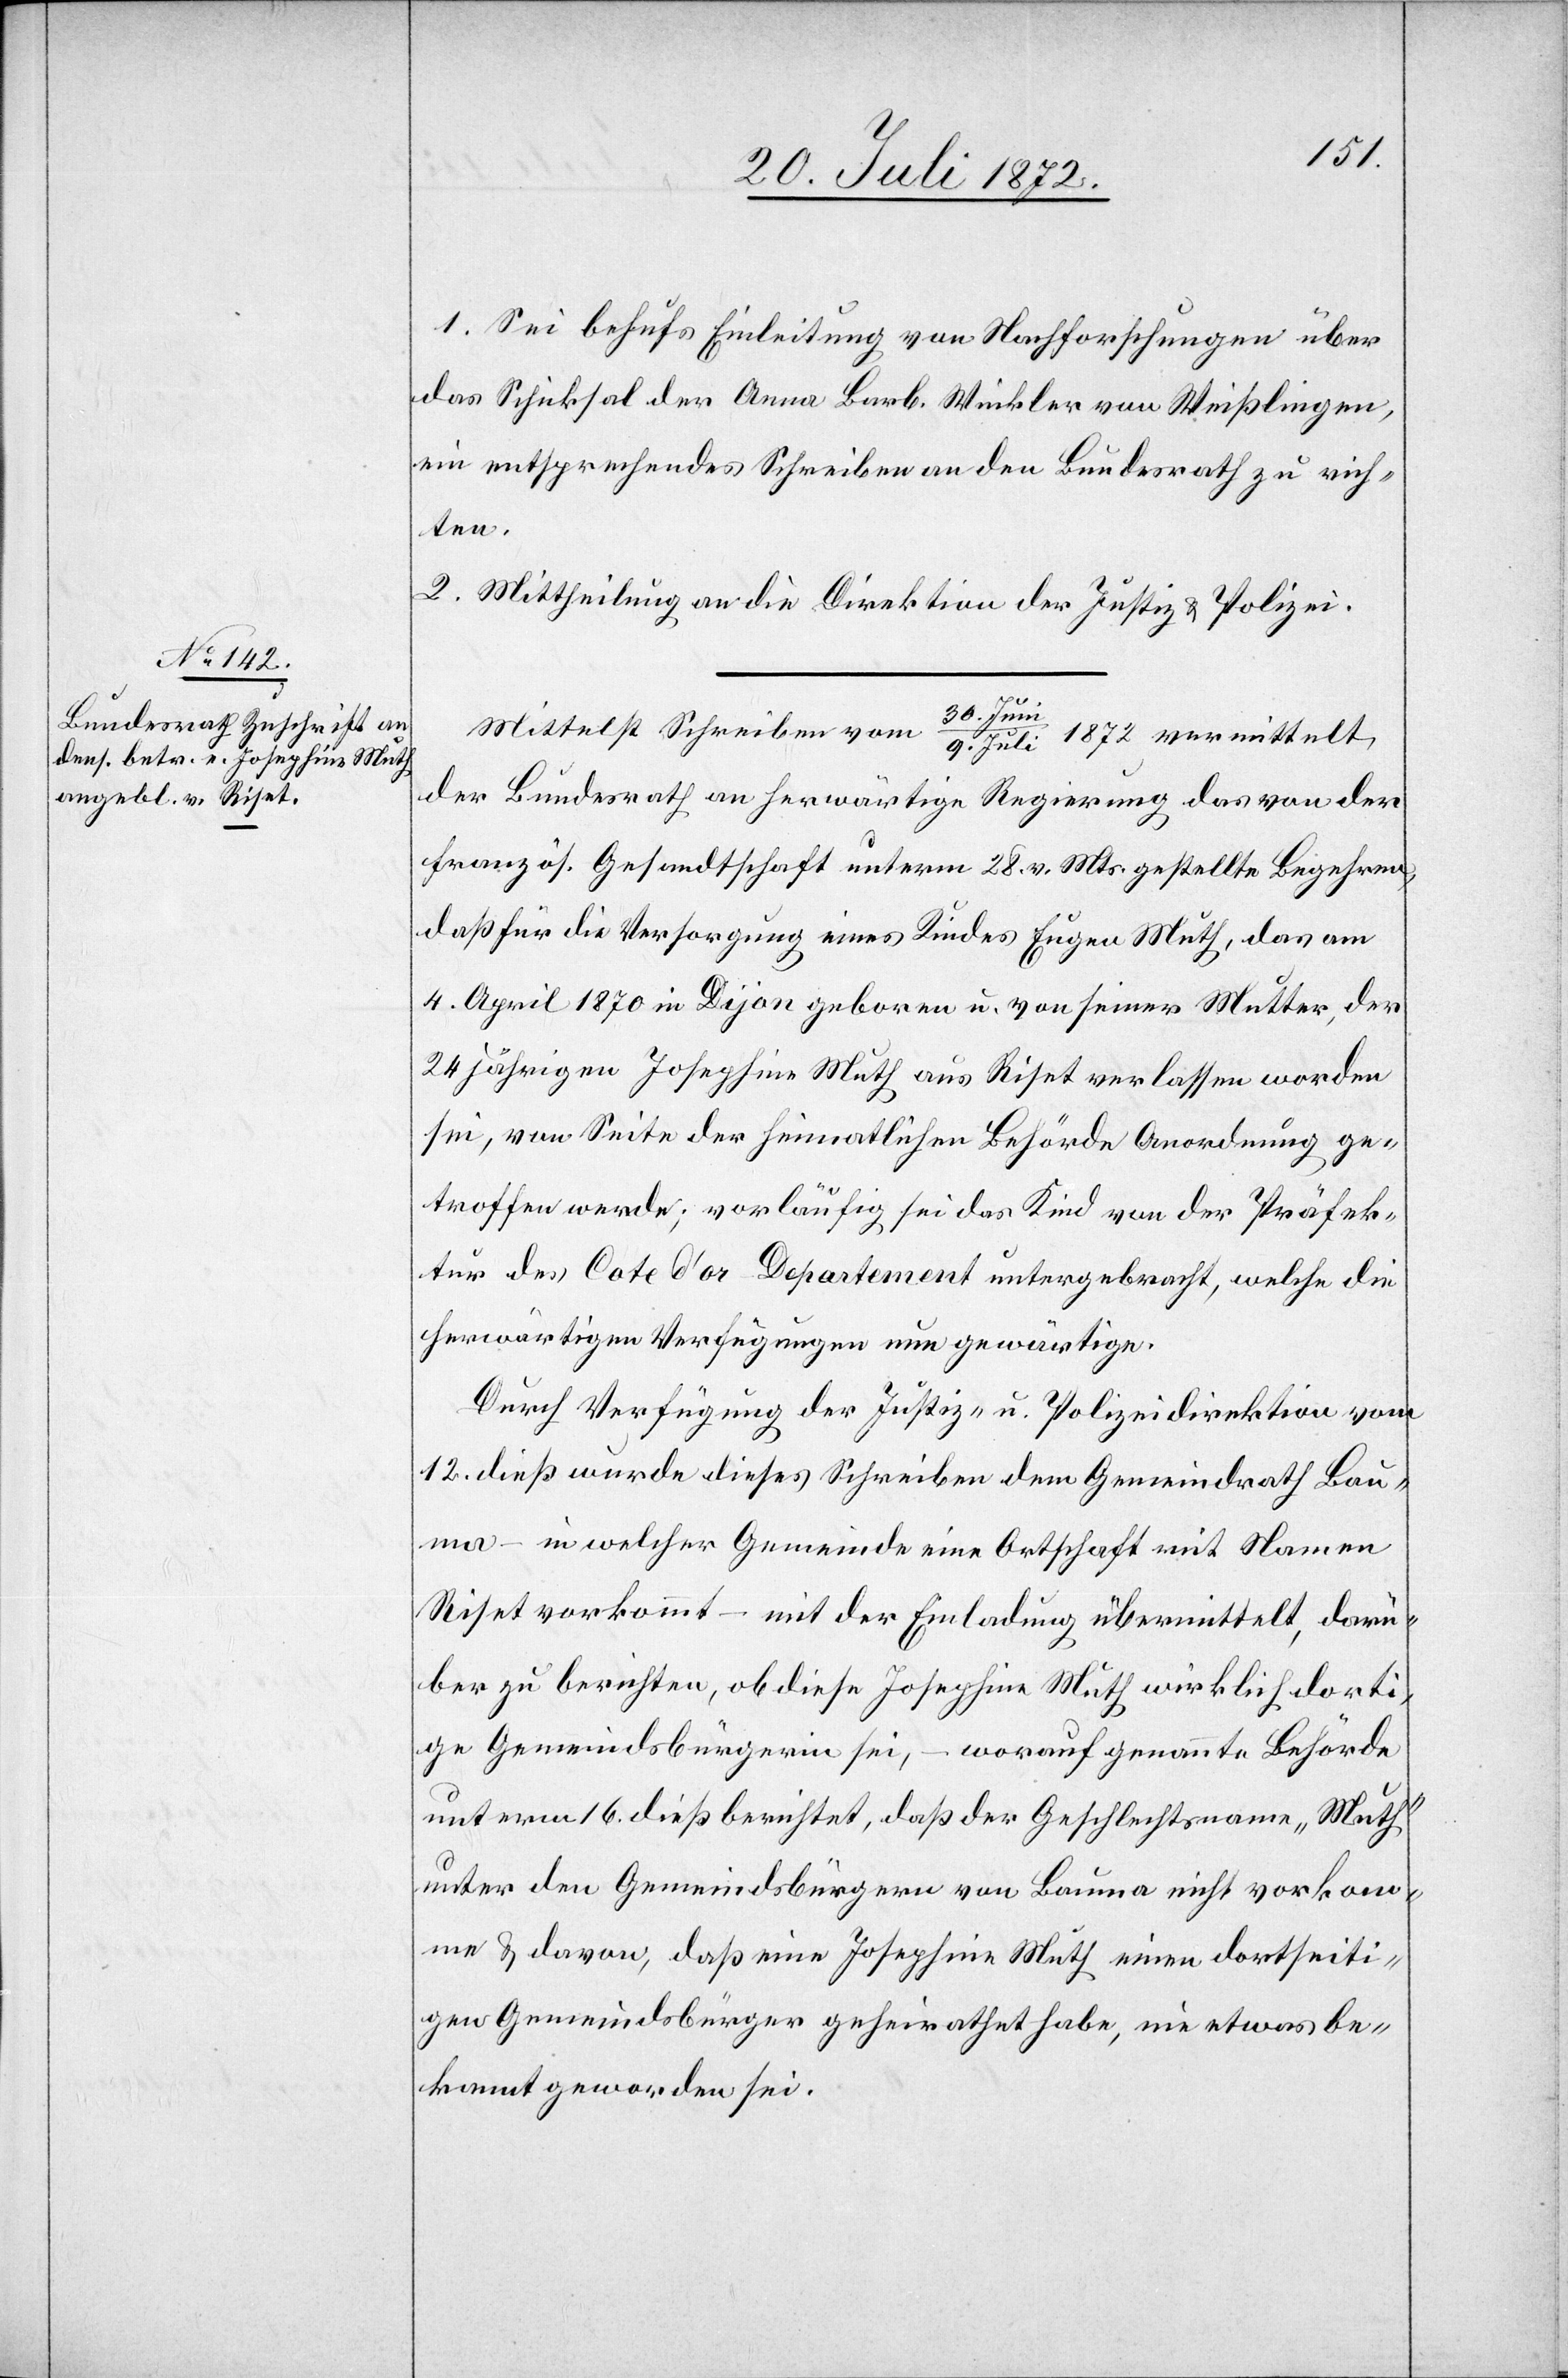
1. Sei behufs Einleitung von Nachforschungen über
das Schicksal der Anna Barb. Winkler von Weißlingen,
ein entsprechendes Schreiben an den Bundesrath zu rich¬
ten.
2. Mittheilung an die Direktion der Justiz u. Polizei.
30. Jun¬
Mittelst Schreiben vom
i/9. Juli 1872 vermittelt
der Bundesrath an herwärtige Regierung das von der
Französ. Gesandtschaft unterm 28. v. Mts. gestellte Begehren,
daß für die Versorgung eines Kindes Eugen Muth, das am
4. April 1870 in Dijon geboren u. von seiner Mutter, der
24 jährigen Josephine Muth aus Riset verlassen worden
sei, von Seite der heimatlichen Behörde Anordnung ge¬
troffen werde; vorläufig sei das Kind von der Präfek¬
tur des Cote d’or Departement untergebracht, welche die
herwärtigen Verfügungen nun gewärtige.
Durch Verfügung der Justiz- u. Polizeidirektion vom
12. dieß wurde dieses Schreiben dem Gemeindrath Bau¬
ma – in welcher Gemeinde eine Ortschaft mit Namen
Riset vorkommt – mit der Einladung übermittelt, darü¬
ber zu berichten, ob diese Josephine Muth wirklich dorti¬
ge Gemeindsbürgerin sei, – worauf genannte Behörde
unterm 16. dieß berichtet, daß der Geschlechtsname „Muth“
unter den Gemeindsbürgern von Bauma nicht vorkom¬
me u. davon, daß eine Josephine Muth einen dortseiti¬
gen Gemeindsbürger geheirathet habe, nie etwas be¬
kannt geworden sei.